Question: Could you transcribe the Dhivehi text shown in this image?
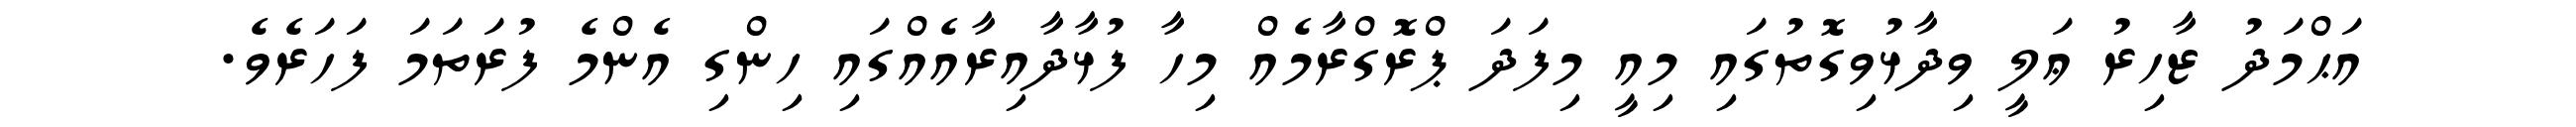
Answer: އަޙްމަދު ޒާހިރު ޢަލީ ވިދާޅުވިގޮތުގައި މިއީ މިފަދަ ޕްރޮގްރާމެއް މިހާ ފުޅާދާއިރާއެއްގައި ހިންގި އެންމެ ފުރަތަމަ ފަހަރެވެ.